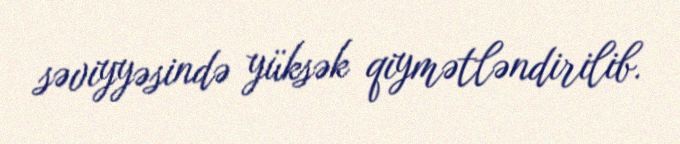
səviyyəsində yüksək qiymətləndirilib.